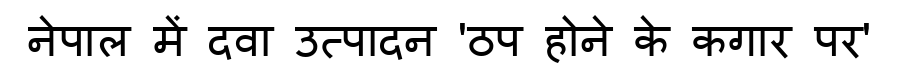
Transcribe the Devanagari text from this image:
नेपाल में दवा उत्पादन 'ठप होने के कगार पर'